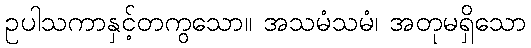
ဥပါသကာနှင့်တကွသော။ အသမံသမံ၊ အတုမရှိသော